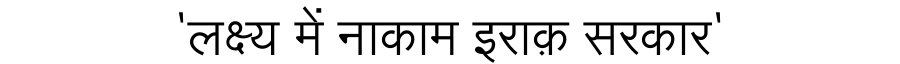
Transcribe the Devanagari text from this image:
'लक्ष्य में नाकाम इराक़ सरकार'